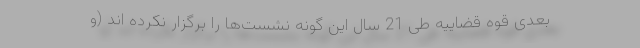
بعدی قوه قضاییه طی 21 سال این گونه نشست‌ها را برگزار نکرده اند (و